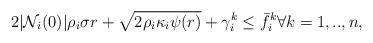
LaTeX: \begin{align*}\begin{aligned}2|\mathcal{N}_{i}(0)|\rho_{i}\sigma r+\sqrt{2\rho_{i}\kappa_{i}\psi(r)}+\gamma^{k}_{i}\leq \bar{f}^{k}_{i}\forall k=1,..,n \textrm{,}\end{aligned}\end{align*}